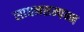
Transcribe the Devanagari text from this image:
साधनसम्पन्न